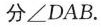
分∠DAB。